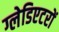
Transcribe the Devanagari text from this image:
ग्लेडिएटरों